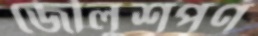
জৌলুশপূর্ণ